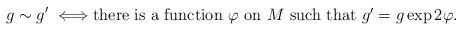
LaTeX: \begin{align*}g \sim g'\;\Longleftrightarrow \mbox{there is a function \(\varphi\) on \(M\) such that \(g'=g \exp{2\varphi}\).}\end{align*}